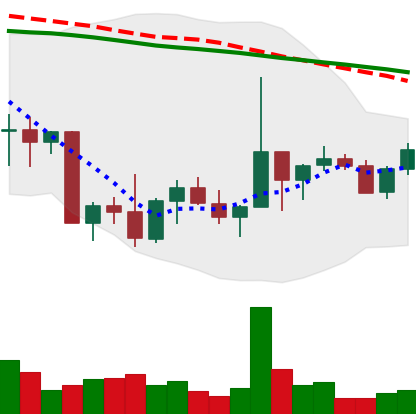
Ticker: NEO-USD
Chart end date: 2022-10-04
Forward return: -4.425%
Label: down_3_5